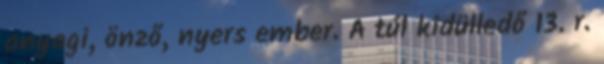
anyagi, önző, nyers ember. A túl kidülledő 13. r.